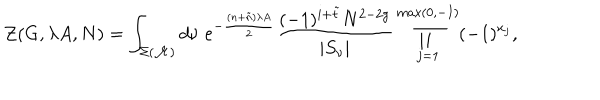
{ \cal Z } ( G , \lambda A , N ) = \int _ { \Sigma ( { \cal M } ) } d \nu \; e ^ { - \frac { ( n + \tilde { n } ) \lambda A } { 2 } } \frac { ( - 1 ) ^ { i + \tilde { t } } N ^ { 2 - 2 g } } { | S _ { \nu } | } \prod _ { j = 1 } ^ { \max ( 0 , - I ) } ( - 1 ) ^ { x _ { j } } ,